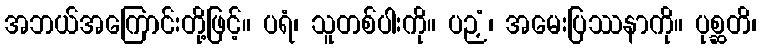
အဘယ်အကြောင်းတို့ဖြင့်။ ပရံ၊ သူတစ်ပါးကို။ ပဉှံ၊ အမေးပြဿနာကို။ ပုစ္ဆတိ၊